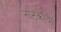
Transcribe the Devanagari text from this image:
नाटकादी